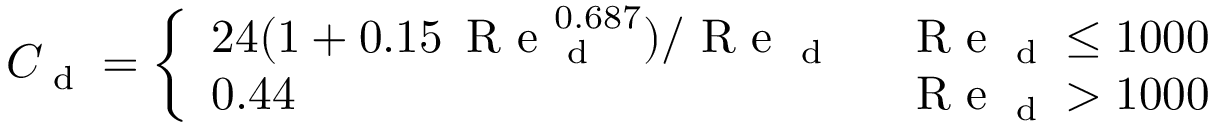
{ C } _ { \textup { d } } = \left\{ \begin{array} { l l } { 2 4 ( 1 + 0 . 1 5 \, \textup { R e } _ { \textup { d } } ^ { 0 . 6 8 7 } ) / \textup { R e } _ { \textup { d } } } & { ~ \textup { R e } _ { \textup { d } } \leq 1 0 0 0 } \\ { 0 . 4 4 } & { ~ \textup { R e } _ { \textup { d } } > 1 0 0 0 } \end{array} \right.